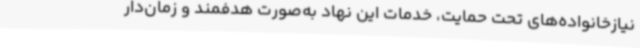
نیازخانواده‌های تحت حمایت، خدمات این نهاد به‌صورت هدفمند و زمان‌دار